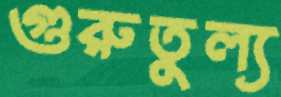
গুরুতুল্য